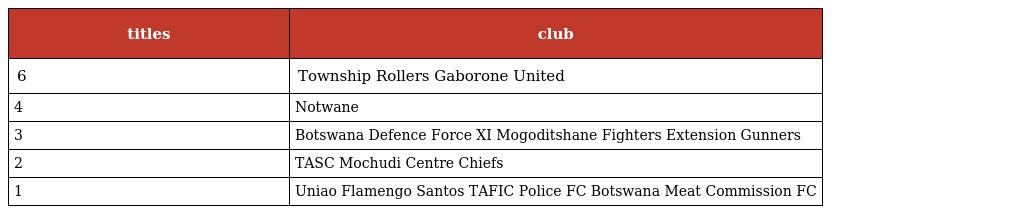
| titles | club |
 | --- | --- |
 | 6 | Township Rollers Gaborone United |
 | 4 | Notwane |
 | 3 | Botswana Defence Force XI Mogoditshane Fighters Extension Gunners |
 | 2 | TASC Mochudi Centre Chiefs |
 | 1 | Uniao Flamengo Santos TAFIC Police FC Botswana Meat Commission FC |